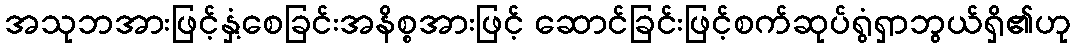
အသုဘအားဖြင့်နှံ့စေခြင်းအနိစ္စအားဖြင့် ဆောင်ခြင်းဖြင့်စက်ဆုပ်ရွံရှာဘွယ်ရှိ၏ဟု